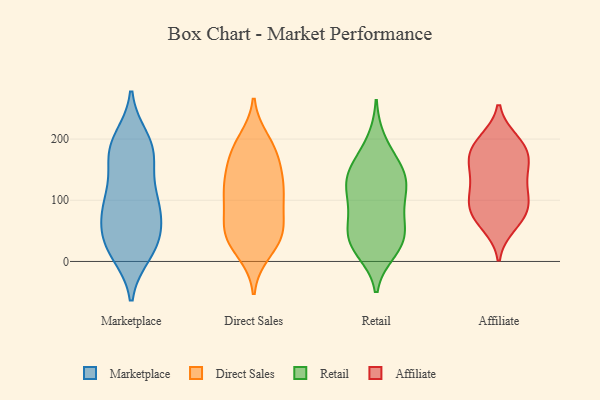
{"axis": {"x": "Waste Production (Tons)", "y": "Value"}, "legend": ["Affiliate", "Direct Sales", "Marketplace", "Retail"], "data": [{"x": "", "y": 26, "type": "Marketplace"}, {"x": "", "y": 183, "type": "Marketplace"}, {"x": "", "y": 91, "type": "Marketplace"}, {"x": "", "y": 83, "type": "Marketplace"}, {"x": "", "y": 71, "type": "Marketplace"}, {"x": "", "y": 14, "type": "Marketplace"}, {"x": "", "y": 20, "type": "Marketplace"}, {"x": "", "y": 53, "type": "Marketplace"}, {"x": "", "y": 173, "type": "Marketplace"}, {"x": "", "y": 191, "type": "Marketplace"}, {"x": "", "y": 34, "type": "Marketplace"}, {"x": "", "y": 94, "type": "Marketplace"}, {"x": "", "y": 104, "type": "Marketplace"}, {"x": "", "y": 113, "type": "Marketplace"}, {"x": "", "y": 200, "type": "Marketplace"}, {"x": "", "y": 29, "type": "Marketplace"}, {"x": "", "y": 181, "type": "Marketplace"}, {"x": "", "y": 157, "type": "Marketplace"}, {"x": "", "y": 106, "type": "Direct Sales"}, {"x": "", "y": 145, "type": "Direct Sales"}, {"x": "", "y": 198, "type": "Direct Sales"}, {"x": "", "y": 41, "type": "Direct Sales"}, {"x": "", "y": 15, "type": "Direct Sales"}, {"x": "", "y": 153, "type": "Direct Sales"}, {"x": "", "y": 113, "type": "Direct Sales"}, {"x": "", "y": 68, "type": "Direct Sales"}, {"x": "", "y": 41, "type": "Direct Sales"}, {"x": "", "y": 114, "type": "Direct Sales"}, {"x": "", "y": 24, "type": "Direct Sales"}, {"x": "", "y": 143, "type": "Direct Sales"}, {"x": "", "y": 107, "type": "Direct Sales"}, {"x": "", "y": 53, "type": "Direct Sales"}, {"x": "", "y": 181, "type": "Direct Sales"}, {"x": "", "y": 47, "type": "Direct Sales"}, {"x": "", "y": 108, "type": "Direct Sales"}, {"x": "", "y": 184, "type": "Direct Sales"}, {"x": "", "y": 184, "type": "Direct Sales"}, {"x": "", "y": 57, "type": "Direct Sales"}, {"x": "", "y": 25, "type": "Retail"}, {"x": "", "y": 40, "type": "Retail"}, {"x": "", "y": 147, "type": "Retail"}, {"x": "", "y": 33, "type": "Retail"}, {"x": "", "y": 196, "type": "Retail"}, {"x": "", "y": 18, "type": "Retail"}, {"x": "", "y": 145, "type": "Retail"}, {"x": "", "y": 103, "type": "Retail"}, {"x": "", "y": 80, "type": "Retail"}, {"x": "", "y": 88, "type": "Retail"}, {"x": "", "y": 133, "type": "Retail"}, {"x": "", "y": 56, "type": "Retail"}, {"x": "", "y": 37, "type": "Retail"}, {"x": "", "y": 122, "type": "Retail"}, {"x": "", "y": 131, "type": "Retail"}, {"x": "", "y": 164, "type": "Retail"}, {"x": "", "y": 71, "type": "Affiliate"}, {"x": "", "y": 132, "type": "Affiliate"}, {"x": "", "y": 166, "type": "Affiliate"}, {"x": "", "y": 152, "type": "Affiliate"}, {"x": "", "y": 186, "type": "Affiliate"}, {"x": "", "y": 89, "type": "Affiliate"}, {"x": "", "y": 109, "type": "Affiliate"}, {"x": "", "y": 151, "type": "Affiliate"}, {"x": "", "y": 60, "type": "Affiliate"}, {"x": "", "y": 192, "type": "Affiliate"}, {"x": "", "y": 197, "type": "Affiliate"}, {"x": "", "y": 93, "type": "Affiliate"}, {"x": "", "y": 74, "type": "Affiliate"}, {"x": "", "y": 109, "type": "Affiliate"}, {"x": "", "y": 178, "type": "Affiliate"}]}